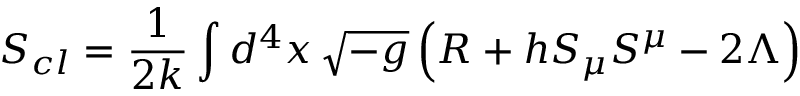
S _ { c l } = \frac { 1 } { 2 k } \int d ^ { 4 } x \, \sqrt { - g } \left( R + h S _ { \mu } S ^ { \mu } - 2 \Lambda \right)